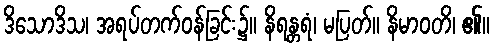
ဒိသောဒိသ၊ အရပ်တက်ဝန်ခြင်း၌။ နိရန္တရံ၊ မပြတ်။ နိမာဝတိ၊ ၏။